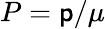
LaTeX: P=\mathsf{p}/\mu